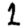
Digit: 1